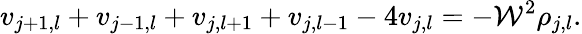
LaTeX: v_{j+1,l}+v_{j-1,l}+v_{j,l+1}+v_{j,l-1}-4v_{j,l}=-\mathcal{W}^{2}\rho_{j,l}.